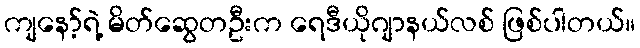
ကျနော့်ရဲ့ မိတ်ဆွေတဦးက ရေဒီယိုဂျာနယ်လစ် ဖြစ်ပါတယ်။